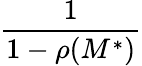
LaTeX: \frac{1}{1-\rho(M^{\ast})}